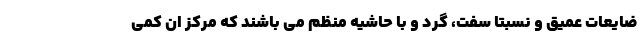
ضایعات عمیق و نسبتا سفت، گرد و با حاشیه منظم می باشند که مرکز ان کمی